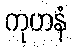
ကုဟနံ